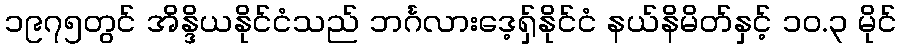
၁၉၇၅တွင် အိန္ဒိယနိုင်ငံသည် ဘင်္ဂလားဒေ့ရှ်နိုင်ငံ နယ်နိမိတ်နှင့် ၁၀.၃ မိုင်